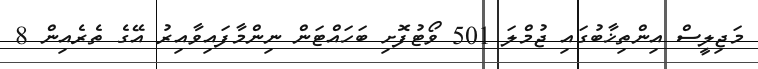
މަޖިލީސް އިންތިޚާބުގައި ޖުމްލަ 501 ވޯޓުފޮށި ބަހައްޓަން ނިންމާފައިވާއިރު އޭގެ ތެރެއިން 8